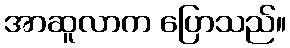
အာဆူလာက ပြောသည်။